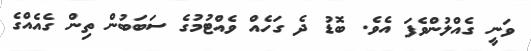
ވަނީ ގެއްލުންވެފަ އެވެ. ބޮޑު ދެ ގަހެއް ވެއްޓުމުގެ ސަބަބުން ތިން ގެއެއްގެ